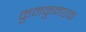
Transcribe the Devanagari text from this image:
कुमकुमएक